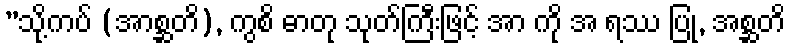
”သို့ကပ် (အာစ္ဆတိ), ကွစိ ဓာတု သုတ်ကြီးဖြင့် အာ ကို အ ရဿ ပြု, အစ္ဆတိ